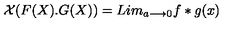
{ \cal X } ( F ( X ) . G ( X ) ) = L i m _ { a { \longrightarrow } 0 } f * g ( x )